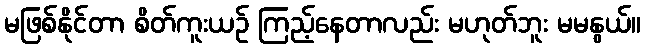
မဖြစ်နိုင်တာ စိတ်ကူးယဉ် ကြည့်နေတာလည်း မဟုတ်ဘူး မမနွယ်။